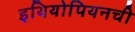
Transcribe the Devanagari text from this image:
इथियोपियनची